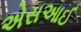
એસઆઈ